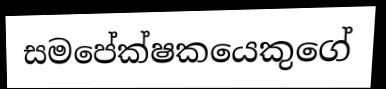
සමපේක්ෂකයෙකුගේ